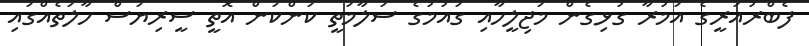
ފެބްރުއަރީގެ އަމުރާ ގުޅިގެން މަޖިލީހާއި ގައުމުގެ ސަލާމަތީ ކަންކަން އޮތީ ސީރިޔަސް ހާލަތެއްގައި